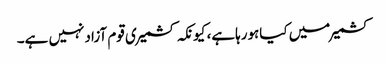
کشمیرمیں کیاہورہاہے، کیونکہ کشمیری قوم آزادنہیں ہے۔